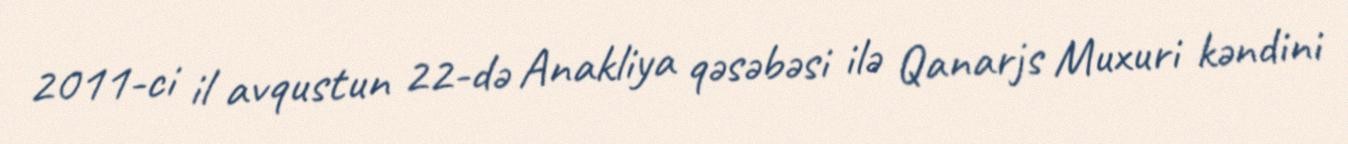
2011-ci il avqustun 22-də Anakliya qəsəbəsi ilə Qanarjs Muxuri kəndini